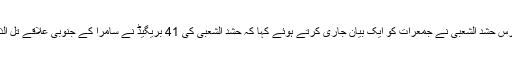
العالم کی رپورٹ کے مطابق عراق کی عوامی رضاکار فورس حشد الشعبی نے جمعرات کو ایک بیان جاری کرتے ہوئے کہا کہ حشد الشعبی کی 41 بریگیڈ نے سامرا کے جنوبی علاقے تل الذھب پر دراندازی کی کوشش کی جسے ناکام بنا دیا گیا ہے۔